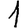
Digit: 1